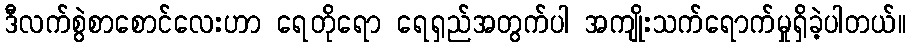
ဒီလက်စွဲစာစောင်လေးဟာ ရေတိုရော ရေရှည်အတွက်ပါ အကျိုးသက်ရောက်မှုရှိခဲ့ပါတယ်။